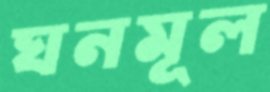
ঘনমূল